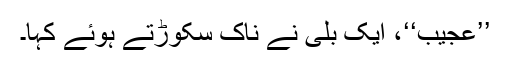
’’عجیب‘‘، ایک بلّی نے ناک سکوڑتے ہوئے کہا۔